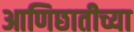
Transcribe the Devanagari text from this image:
आणिछातीच्या